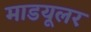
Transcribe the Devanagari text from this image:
माडयूलर